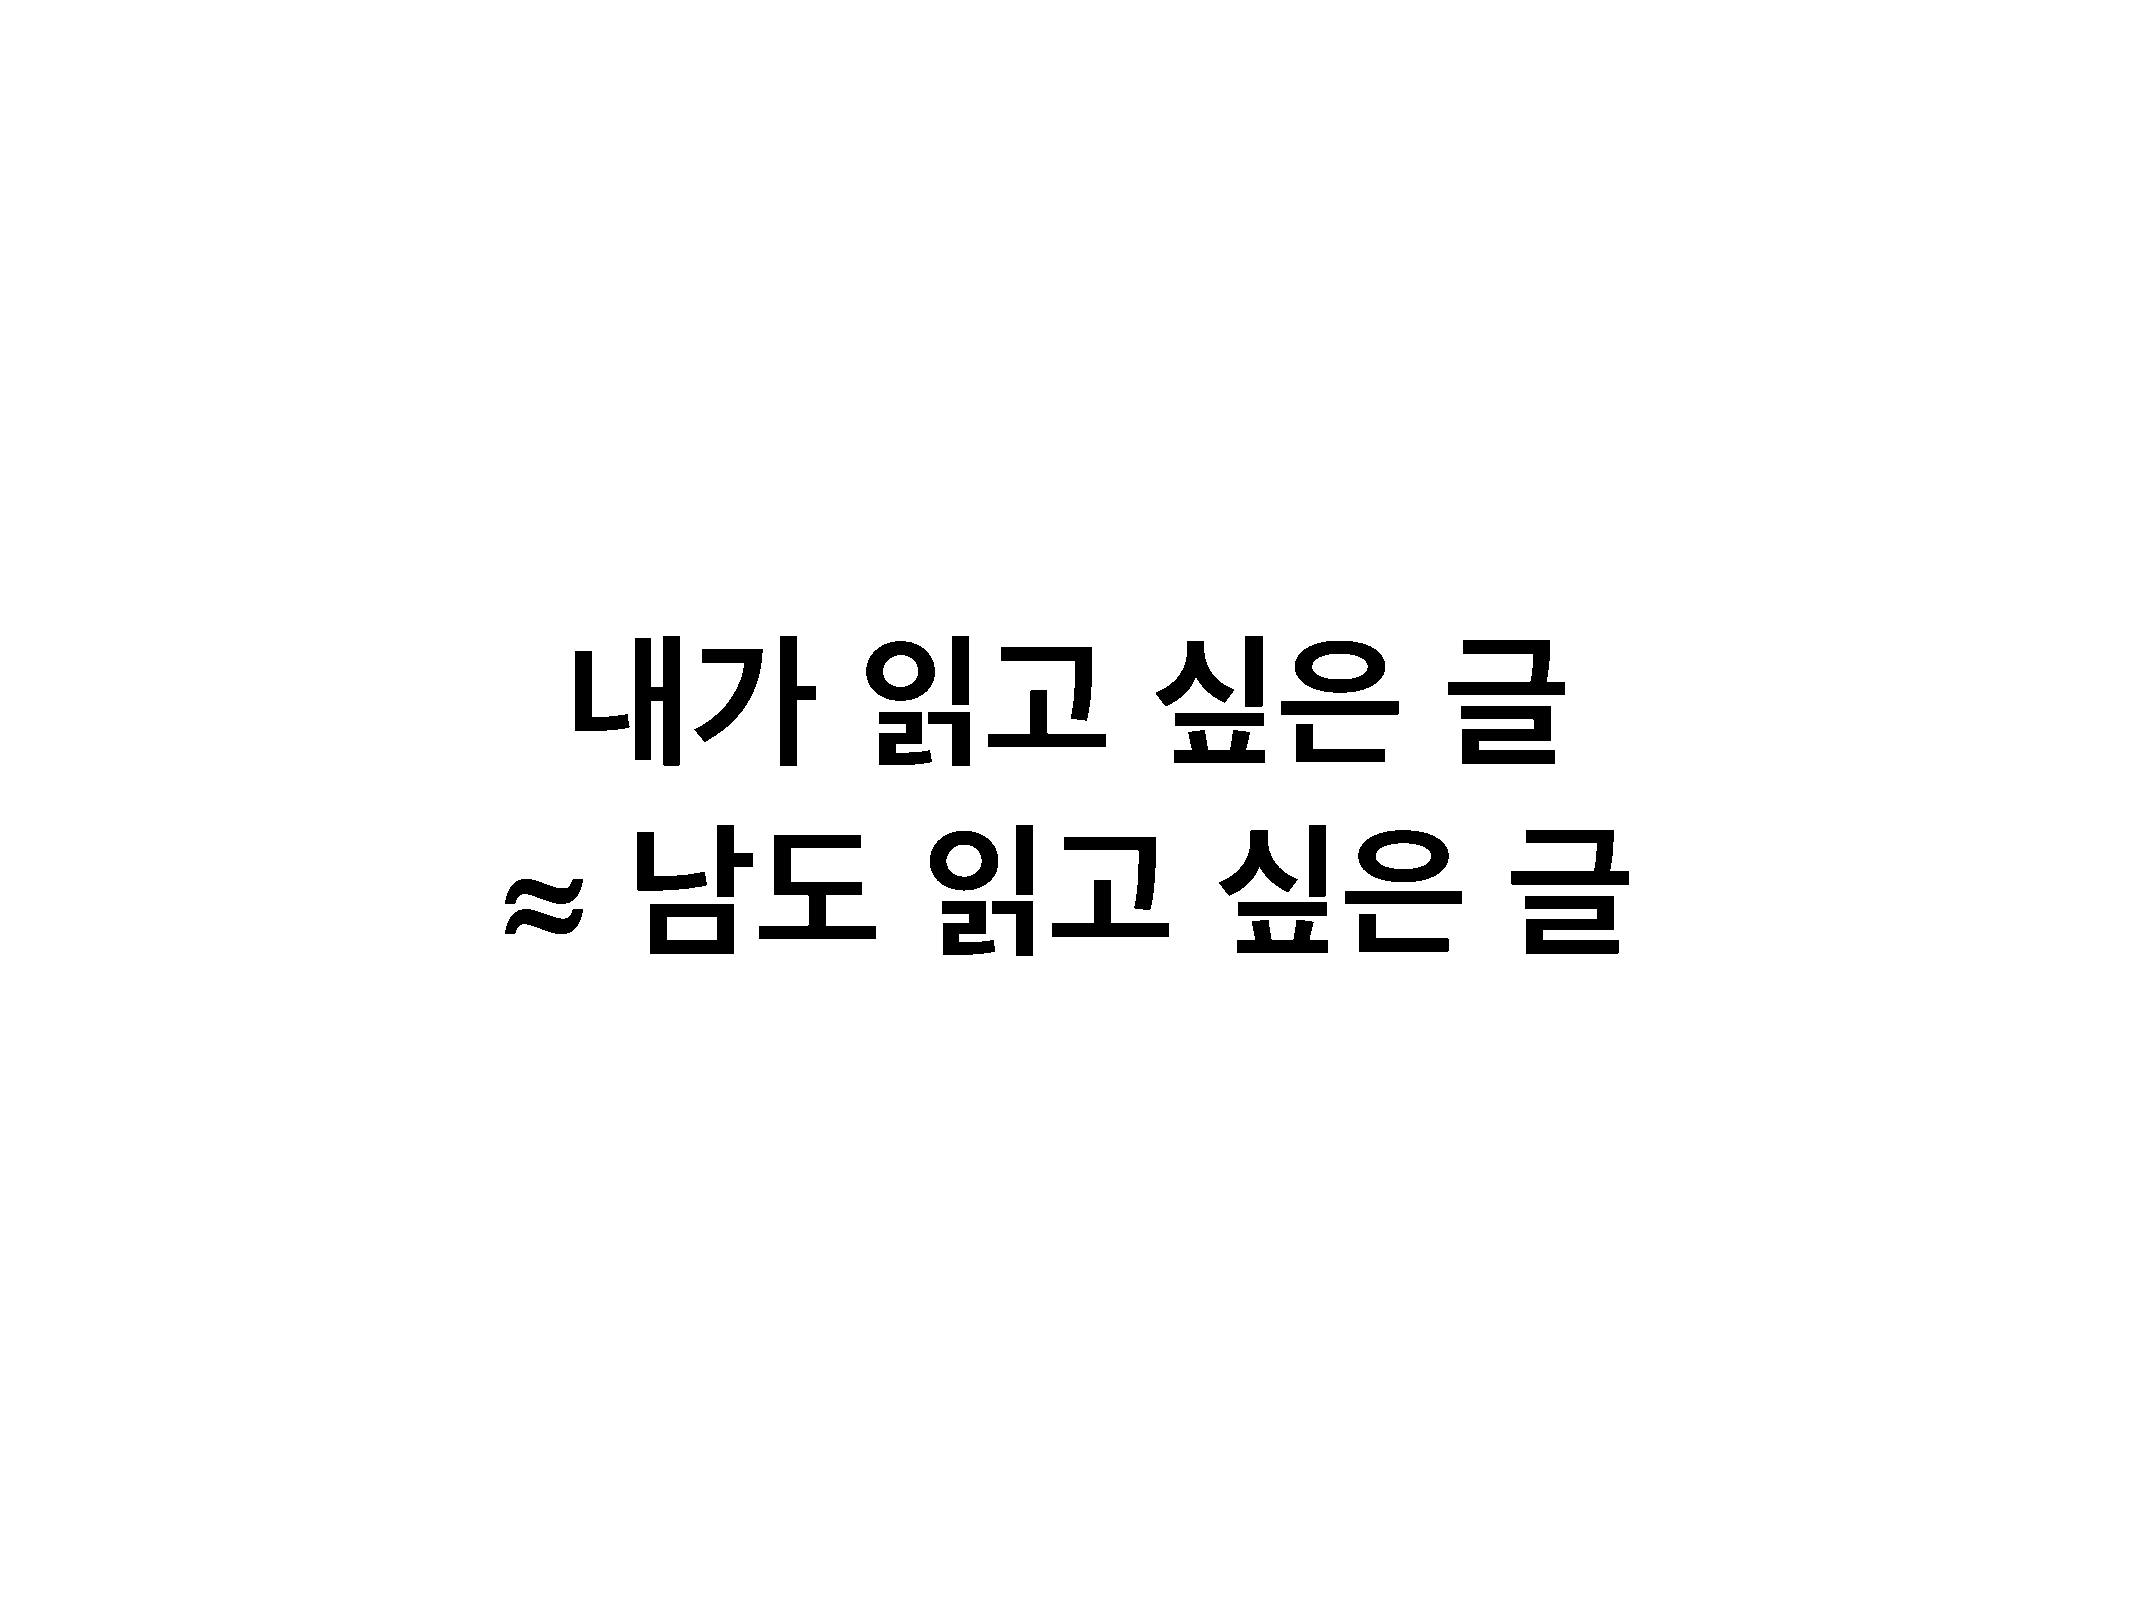
내가                  읽고                 싶은                  글
 ≈
 남도                 읽고                 싶은                  글